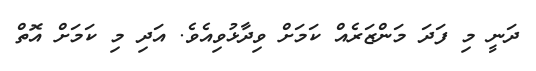
ދަނީ މި ފަދަ މަންޒަރެއް ކަމަށް ވިދާޅުވިއެވެ. އަދި މި ކަމަށް އޮތް